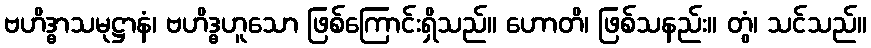
ဗဟိဒ္ဓာသမုဋ္ဌာနံ၊ ဗဟိဒ္ဓဟူသော ဖြစ်ကြောင်းရှိသည်။ ဟောတိ၊ ဖြစ်သနည်း။ တွံ၊ သင်သည်။